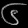
Digit: ၆